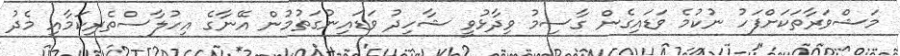
މަޝްވަރާތަކަށްފަހު ނުކުމެ ވަޑައިގެން ގާސިމު ވިދާޅުވީ ޝާހިދު ވަޑައިނުގަތުމުން އޭނާގެ އިހުލާސްތެރިކަމާއި މެދު